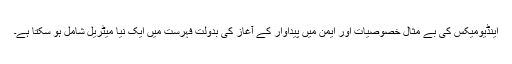
اینڈیومیکس کی بے مثال خصوصیات اور ایمن میں پیداوار کے آغاز کی بدولت فہرست میں ایک نیا میٹریل شامل ہو سکتا ہے۔